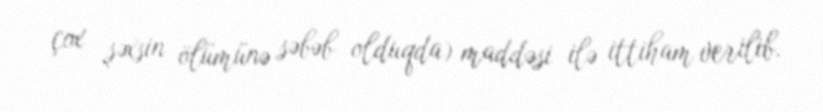
çox şəxsin ölümünə səbəb olduqda) maddəsi ilə ittiham verilib.